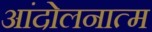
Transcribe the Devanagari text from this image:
आंदोलनात्म